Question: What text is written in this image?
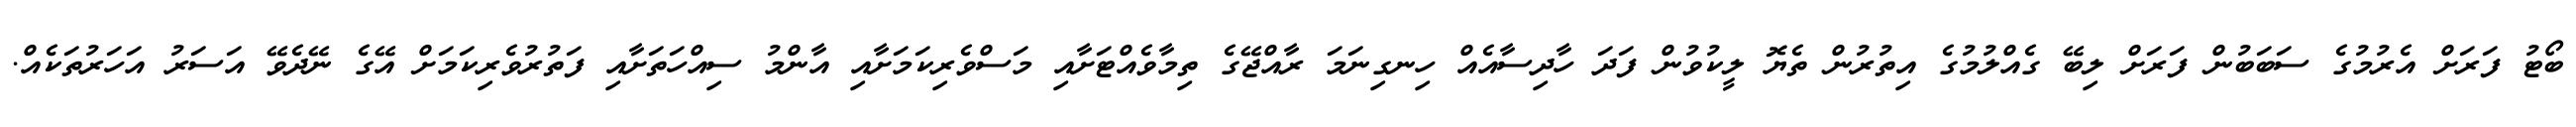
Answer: ބޯޓު ފަރަށް އެރުމުގެ ސަބަބުން ފަރަށް ލިބޭ ގެއްލުމުގެ އިތުރުން ތެޔޮ ލީކުވުން ފަދަ ހާދިސާއެއް ހިނގިނަމަ ރާއްޖޭގެ ތިމާވެއްޓަށާއި މަސްވެރިކަމަށާއި އާންމު ސިއްހަތަށާއި ފަތުރުވެރިކަމަށް އޭގެ ނޭދެވޭ އަސަރު އަހަރުތަކެއް.